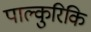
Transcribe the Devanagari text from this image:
पाल्कुरिकि